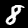
Label: 8